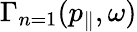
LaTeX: \Gamma_{n=1}(p_{\| },\omega)